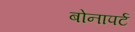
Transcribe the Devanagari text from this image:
बोनापर्ट